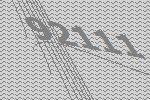
92111